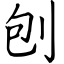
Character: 刨